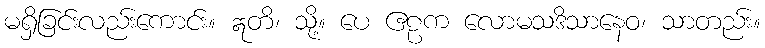
မရှိခြင်းလည်းကောင်း။ ဣတိ၊ သို့။ ပေ ဧဠက လောမသဒိသာနေဝ၊ သာတည်း။